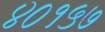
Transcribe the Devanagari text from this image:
४०१५७